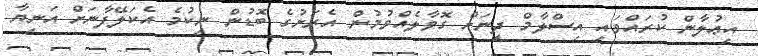
އިޢުލާން ކުރައްވައި އިސްލާމް ދީނަށް ގޮވާލެއްވުމުން އެރަށުގެ ބޮޑުން ނިކުމެ އެކަލޭފާނަށް އަނިޔާ